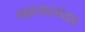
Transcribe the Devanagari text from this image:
महानाटमंडप